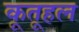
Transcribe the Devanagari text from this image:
कूतूहल